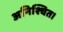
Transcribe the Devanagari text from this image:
अनिश्चित।